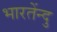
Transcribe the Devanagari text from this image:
भारतेंन्दु